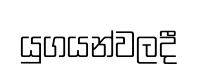
යුගයන්වලදී